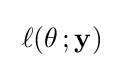
\;\ell (\theta \,;\mathbf {y} )\;